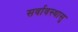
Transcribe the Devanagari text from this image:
सर्वावस्थासु